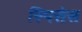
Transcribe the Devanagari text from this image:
स्पिसेस